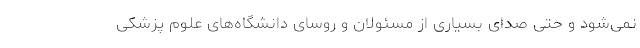
نمی‌شود و حتی صدای بسیاری از مسئولان و روسای دانشگاه‌های علوم پزشکی